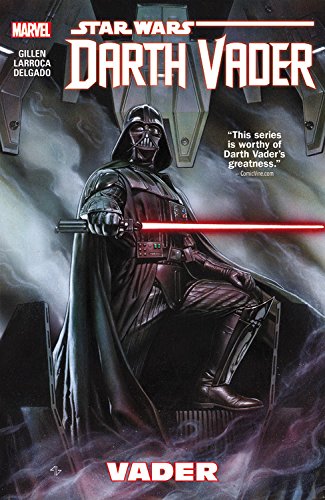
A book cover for Star Wars: Darth Vader Vol. 1; Kieron Gillen; Comics & Graphic Novels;